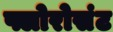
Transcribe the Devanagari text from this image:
फ्लोरोसंट